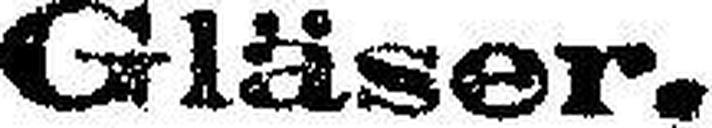
Gläser.